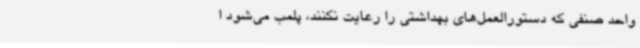
واحد صنفی که دستورالعمل‌های بهداشتی را رعایت نکنند، پلمب می‌شود ا